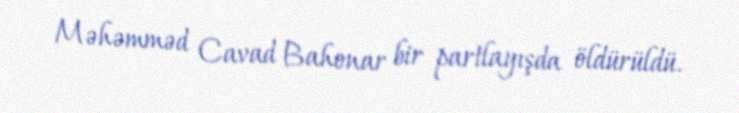
Məhəmməd Cavad Bahonar bir partlayışda öldürüldü.